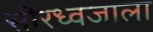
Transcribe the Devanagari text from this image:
सीरध्वजाला